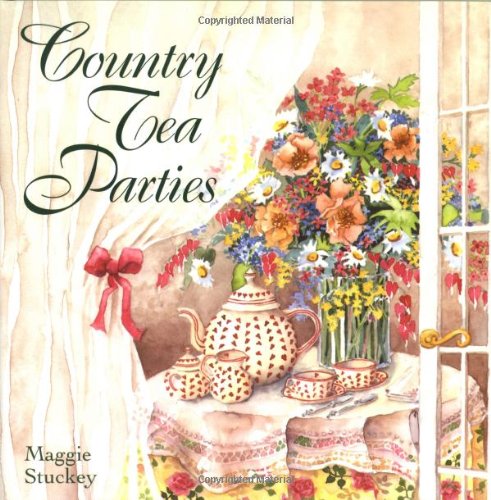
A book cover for Country Tea Parties; Maggie Stuckey; Cookbooks, Food & Wine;